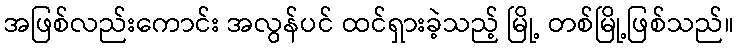
အဖြစ်လည်းကောင်း အလွန်ပင် ထင်ရှားခဲ့သည့် မြို့ တစ်မြို့ဖြစ်သည်။